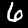
Digit: 6